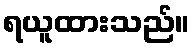
ရယူထားသည်။